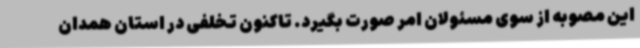
این مصوبه از سوی مسئولان امر صورت بگیرد. تاکنون تخلفی در استان همدان